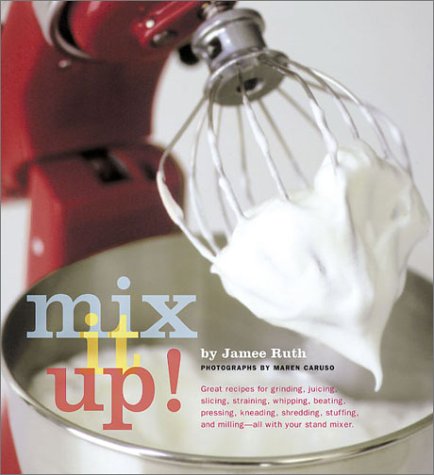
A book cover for Mix It Up! Great Recipes to Make the Most of Your Stand Mixer; Jamee Ruth; Cookbooks, Food & Wine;